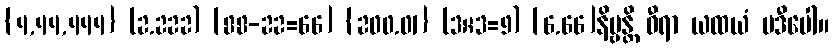
{4,44,444} (2.222) [88-22=66] {200.01} (3×3=9) [6.66]နိဗ္ဗန္တိ ဓီရာ ယထယံ ပဒီပေါ။